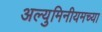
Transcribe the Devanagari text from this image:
अल्युमिनीयमच्या